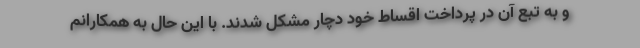
و به تبع آن در پرداخت اقساط خود دچار مشکل شدند. با این حال به همکارانم